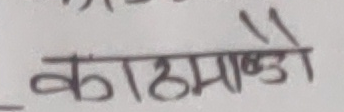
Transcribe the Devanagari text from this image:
काठमाण्डौ